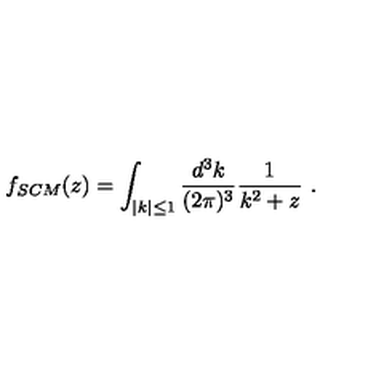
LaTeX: f _ { S C M } ( z ) = \int _ { | k | \leq 1 } { \frac { d ^ { 3 } k } { ( 2 \pi ) ^ { 3 } } } { \frac { 1 } { k ^ { 2 } + z } } \ .